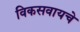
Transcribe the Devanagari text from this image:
विकसवायचे